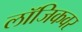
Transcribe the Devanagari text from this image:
लॉजिकवर